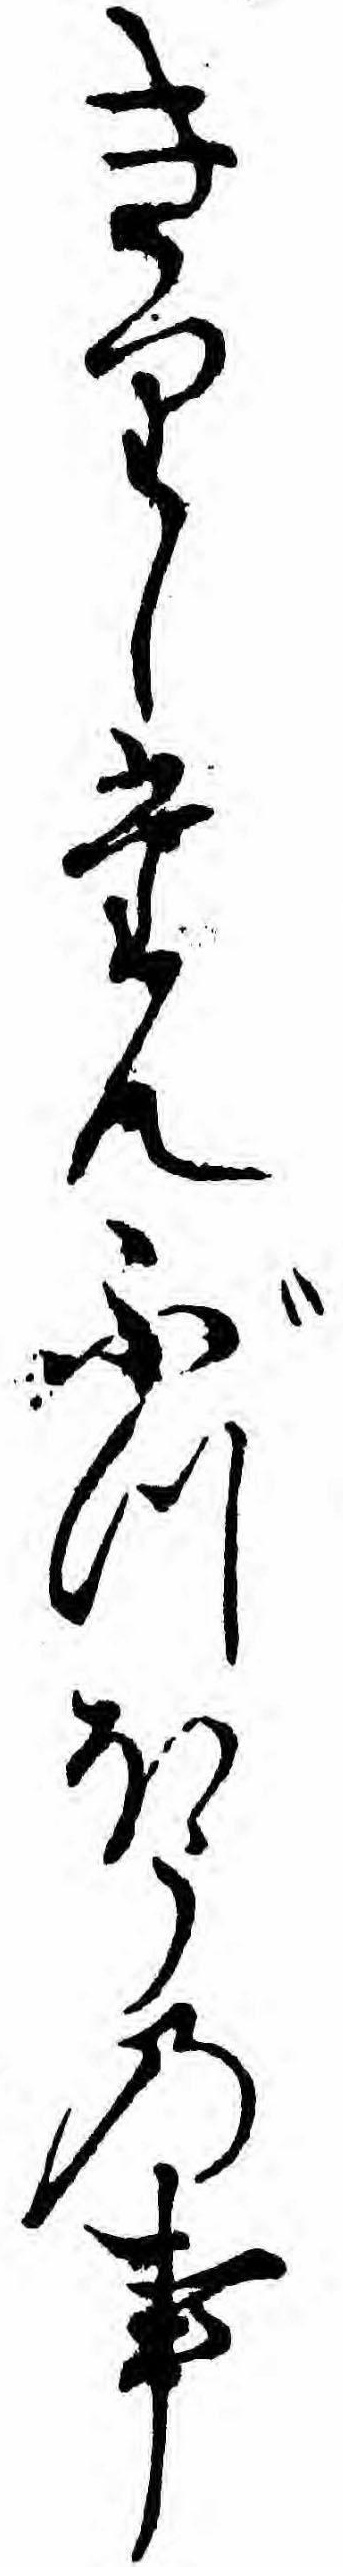
きりしたんぶつほうの事